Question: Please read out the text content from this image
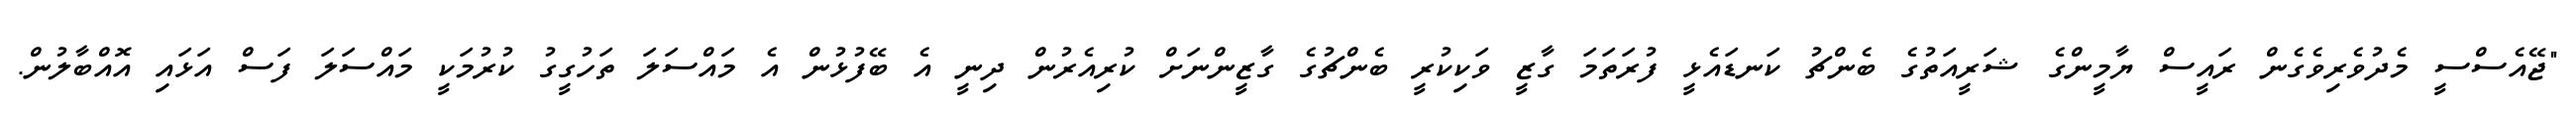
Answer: "ޖޭއެސްސީ މެދުވެރިވެގެން ރައީސް ޔާމީންގެ ޝަރީއަތުގެ ބެންޗު ކަނޑައެޅީ ފުރަތަމަ ގާޒީ ވަކިކުރީ ބެންޗުގެ ގާޒީންނަށް ކުރިއެރުން ދިނީ އެ ބޭފުޅުން އެ މައްސަލަ ތަހުގީގު ކުރުމަކީ މައްސަލަ ފަސް އަޅައި އޮއްބާލުން.